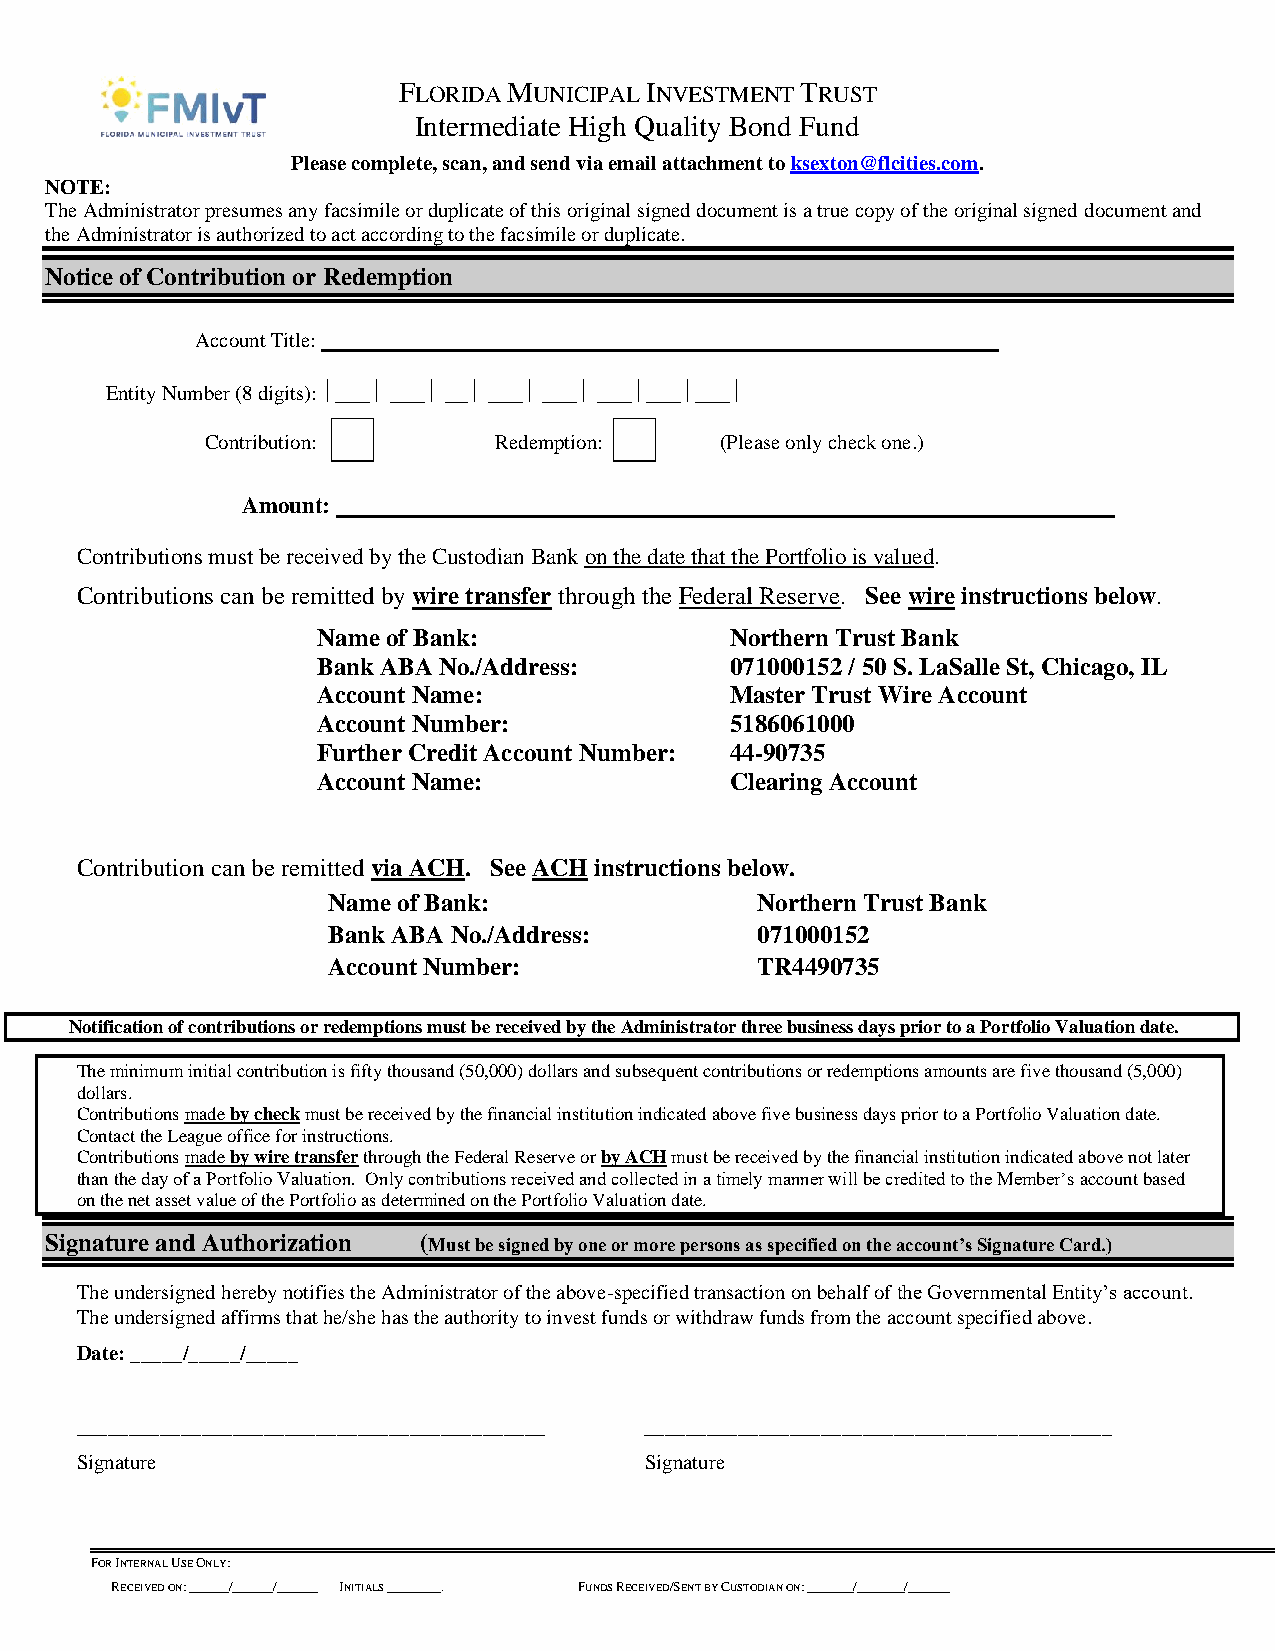
FLORIDA MUNICIPAL INVESTMENT TRUST
 Intermediate High Quality Bond Fund
 Please complete, scan, and send via email attachment to ksexton@flcities.com.
 NOTE:
 The Administrator presumes any facsimile or duplicate of this original signed document is a true copy of the original signed document and
 the Administrator is authorized to act according to the facsimile or duplicate.
 Notice of Contribution or Redemption
 Account Title: _________________________________________________________________
 Entity Number (8 digits): ___  ___  __  ___  ___  ___ ___ ___ 
 Contribution:      Redemption:    (Please only check one.)
 Amount: ____________________________________________________________________
 Contributions must be received by the Custodian Bank on the date that the Portfolio is valued.
 Contributions can be remitted by wire transfer through the Federal Reserve. See wire instructions below.
 Name of Bank:              Northern Trust Bank
 Bank ABA No./Address:      071000152 / 50 S. LaSalle St, Chicago, IL
 Account Name:              Master Trust Wire Account
 Account Number:            5186061000
 Further Credit Account Number: 44-90735
 Account Name:              Clearing Account
 Contribution can be remitted via ACH. See ACH instructions below.
 Name of Bank:               Northern Trust Bank
 Bank ABA No./Address:       071000152
 Account Number:             TR4490735
 Notification of contributions or redemptions must be received by the Administrator three business days prior to a Portfolio Valuation date.
 The minimum initial contribution is fifty thousand (50,000) dollars and subsequent contributions or redemptions amounts are five thousand (5,000)
 dollars.
 Contributions made by check must be received by the financial institution indicated above five business days prior to a Portfolio Valuation date.
 Contact the League office for instructions.
 Contributions made by wire transfer through the Federal Reserve or by ACH must be received by the financial institution indicated above not later
 than the day of a Portfolio Valuation. Only contributions received and collected in a timely manner will be credited to the Member’s account based
 on the net asset value of the Portfolio as determined on the Portfolio Valuation date.
 Signature and Authorization (Must be signed by one or more persons as specified on the account’s Signature Card.)
 The undersigned hereby notifies the Administrator of the above-specified transaction on behalf of the Governmental Entity’s account.
 The undersigned affirms that he/she has the authority to invest funds or withdraw funds from the account specified above.
 Date: _____/_____/_____
 _____________________________________________ _____________________________________________
 Signature                             Signature
 FOR INTERNAL USE ONLY:
 RECEIVED ON: ______/______/______ INITIALS ________. FUNDS RECEIVED/SENT BY CUSTODIAN ON: _______/_______/______